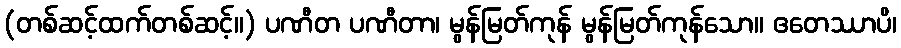
(တစ်ဆင့်ထက်တစ်ဆင့်။) ပဏီတ ပဏီတာ၊ မွန်မြတ်ကုန် မွန်မြတ်ကုန်သော။ ဧတေဿာပိ၊